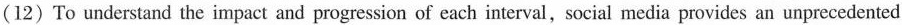
(12) To understand the impact and progression of each interval, social media provides an unprecedented